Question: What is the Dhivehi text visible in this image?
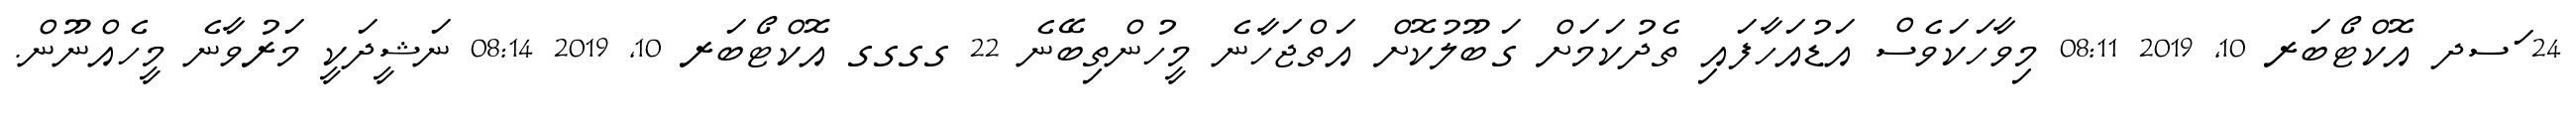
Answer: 24 ަސދ އޮކްޓޯބަރ 10, 2019 08:11 މިވާހަކަވެސް އަޑުއަހާފައި ތެދުކަމަށް ގަބޫލުކޮށް އަތްޖަހާނެ މީހުންތިބޭނެ 22 ގގގގ އޮކްޓޯބަރ 10, 2019 08:14 ނަޝީދަކީ މަރުވާނެ މީހެއްނޫން.